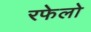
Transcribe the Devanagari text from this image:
रफेलो